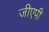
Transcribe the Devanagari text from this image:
जीएपी